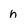
Character: n